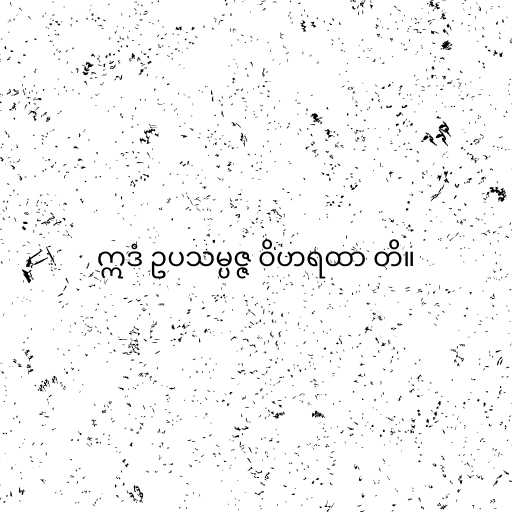
ဣဒံ ဥပသမ္ပဇ္ဇ ဝိဟရထာ တိ။